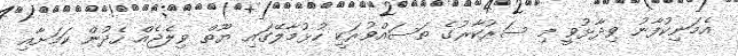
އެމަނިކުފާނު ވިދާޅުވީ މި ސަރުކާރުގެ ތަސައްވުރަކީ ހުޅުމާލޭގައި ޔޫތް ވިލެޖެއް ހެދުން ކަމަށާއި